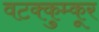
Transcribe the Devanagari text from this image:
वटक्कुम्कूर